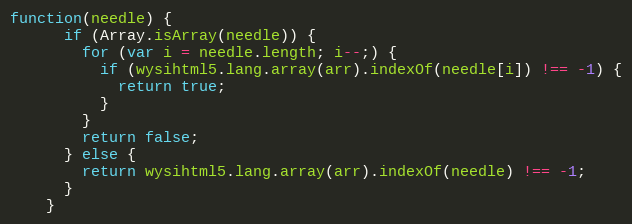
Language: JavaScript
function(needle) {
      if (Array.isArray(needle)) {
        for (var i = needle.length; i--;) {
          if (wysihtml5.lang.array(arr).indexOf(needle[i]) !== -1) {
            return true;
          }
        }
        return false;
      } else {
        return wysihtml5.lang.array(arr).indexOf(needle) !== -1;
      }
    }